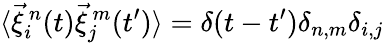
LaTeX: \langle\vec{\xi}_{i}^{\, n}(t)\vec{\xi}_{j}^{\, m}(t^{\prime})\rangle=\delta(t-t^{\prime})\delta_{n,m}\delta_{i,j}